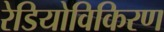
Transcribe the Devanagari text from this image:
रेडियोविकिरण